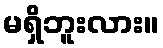
မရှိဘူးလား။